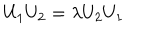
LaTeX: U _ { 1 } U _ { 2 } = \lambda U _ { 2 } U _ { 1 }